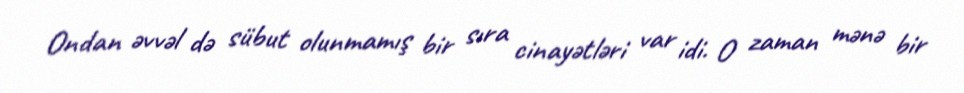
Ondan əvvəl də sübut olunmamış bir sıra cinayətləri var idi. O zaman mənə bir